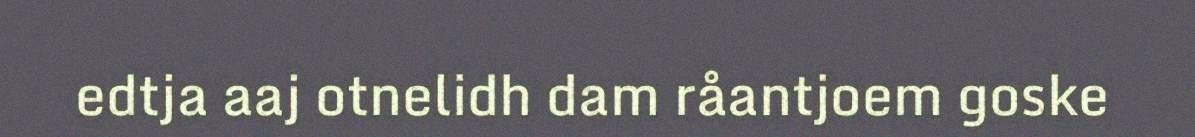
edtja aaj otnelidh dam råantjoem goske